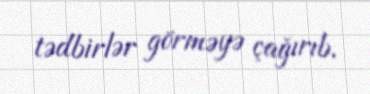
tədbirlər görməyə çağırıb.